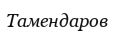
Тамендаров